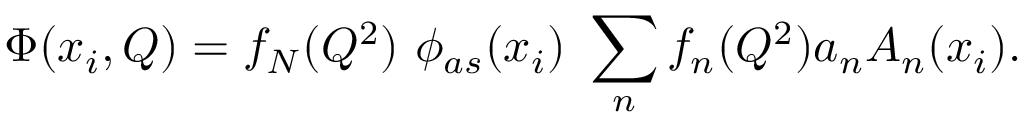
\Phi ( x _ { i } , Q ) = f _ { N } ( Q ^ { 2 } ) \ \phi _ { a s } ( x _ { i } ) \ \sum _ { n } f _ { n } ( Q ^ { 2 } ) a _ { n } A _ { n } ( x _ { i } ) .